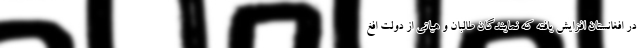
در افغانستان افزایش یافته که نمایندگان طالبان و هیاتی از دولت افغ